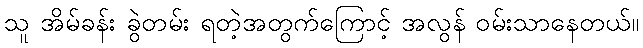
သူ အိမ်ခန်း ခွဲတမ်း ရတဲ့အတွက်ကြောင့် အလွန် ဝမ်းသာနေတယ်။